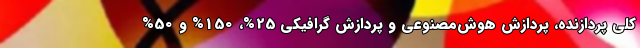
کلی پردازنده، پردازش هوش‌مصنوعی و پردازش گرافیکی 25%، 150% و 50%